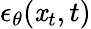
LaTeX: \epsilon_{\theta}(\mathit{x}_{t},t)